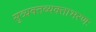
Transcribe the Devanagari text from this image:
सुव्यक्तव्यक्ताभरणः